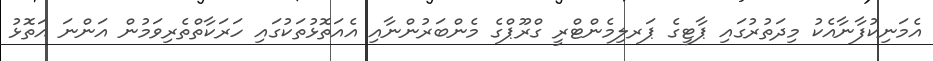
އެމަނިކުފާނާއެކު މިދަތުރުގައި ޕާޓީގެ ޕަރލިމެންޓްރީ ގްރޫޕްގެ މެންބަރުންނާއި އެއަތޮޅުތަކުގައި ހަރަކާތްތެރިވަމުން އަންނަ އަތޮޅު